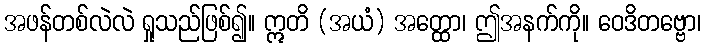
အဖန်တစ်လဲလဲ ရှုသည်ဖြစ်၍။ ဣတိ (အယံ) အတ္ထော၊ ဤအနက်ကို။ ဝေဒိတဗ္ဗော၊